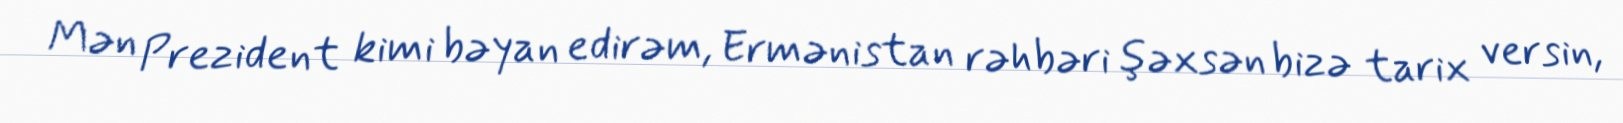
Mən Prezident kimi bəyan edirəm, Ermənistan rəhbəri şəxsən bizə tarix versin,